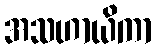
အသဟာယိကာ